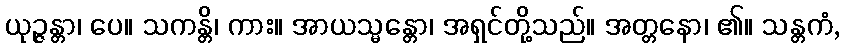
ယုဉ္ဇန္တာ၊ ပေ။ သကန္တိ၊ ကား။ အာယသ္မန္တော၊ အရှင်တို့သည်။ အတ္တနော၊ ၏။ သန္တကံ,